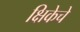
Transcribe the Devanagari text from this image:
क्षिकेचे